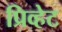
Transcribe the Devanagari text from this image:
प्रिव्हेट